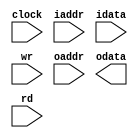
// 
//
// 9bit 160
// 1
// 1
// 6
// clock: 
// iaddr: 
// idata: 
// wr:    
// oaddr: 
// odata: 
// rd:    
module imem(input        clock,
	    input [5:0]  iaddr,
	    input [8:0]  idata,
	    input 	 wr,
	    input [5:0]  oaddr,
	    output [8:0] odata,
	    input 	 rd);

   reg [8:0] 		 memblock[0:5];
   reg [8:0] 		 tmp_out;
   always @ ( posedge clock ) begin
      if ( wr ) begin
	 memblock[iaddr] <= idata;
      end // if ( wr )
      else if ( rd ) begin
	 tmp_out <= memblock[iaddr];
      end
   end // always @ ( posedge clock )

   assign out = tmp_out;

endmodule